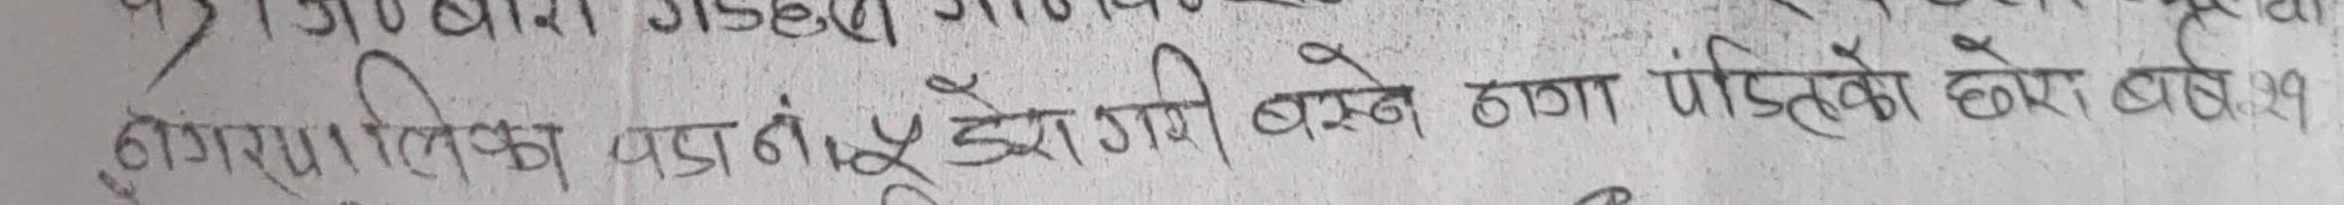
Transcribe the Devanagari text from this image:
नगरपालिका वडा नं ५ टुंडेपानी बस्ने ठगा पंडितको छोरा वर्ष: २९